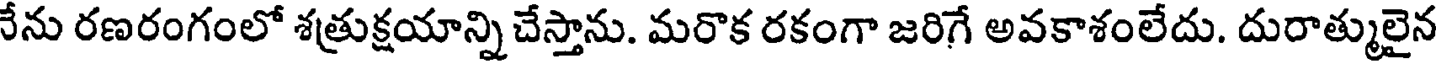
నేను రణరంగంలో శత్రుక్షయాన్ని చేస్తాను. మరొక రకంగా జరిగే అవకాశంలేదు. దురాత్ములైన